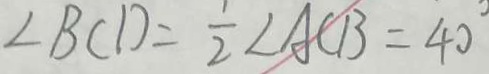
\angle B C D = \frac { 1 } { 2 } \angle A C B = 4 0 ^ { \circ }